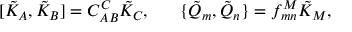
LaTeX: [ \tilde { K } _ { A } , \tilde { K } _ { B } ] = C _ { A B } ^ { C } \tilde { K } _ { C } , \ \ \ \ \ \{ \tilde { Q } _ { m } , \tilde { Q } _ { n } \} = f _ { m n } ^ { M } \tilde { K } _ { M } ,